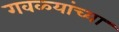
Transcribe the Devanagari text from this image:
गवळ्यांच्या